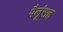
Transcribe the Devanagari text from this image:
पैलूंसह